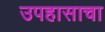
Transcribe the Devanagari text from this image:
उपहासाचा